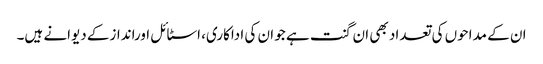
ان کے مداحوں کی تعداد بھی ان گنت ہے جو ان کی اداکاری، اسٹائل اوراندازکے دیوانے ہیں۔